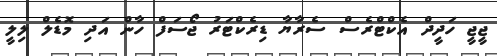
ޖީޖީ ހަދީދް އެކްޓްރެސް ސެރާޔާ ޑިރެކްޓަރު ޖޯސަފް ހާން އަދި މޮޑެލް ލިލީ